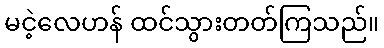
မငဲ့လေဟန် ထင်သွားတတ်ကြသည်။